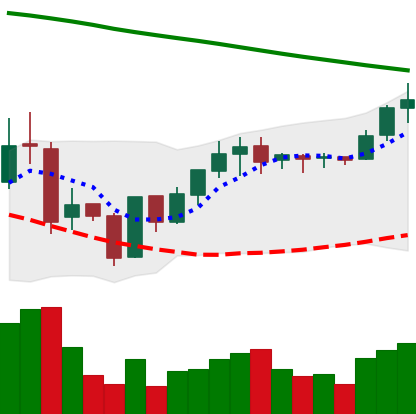
Ticker: BNB-USD
Chart end date: 2019-01-27
Forward return: -7.415%
Label: down_7plus